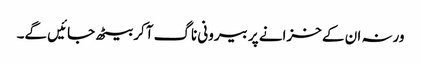
ورنہ ان کے خزانے پر بیرونی ناگ آکر بیٹھ جائیں گے۔